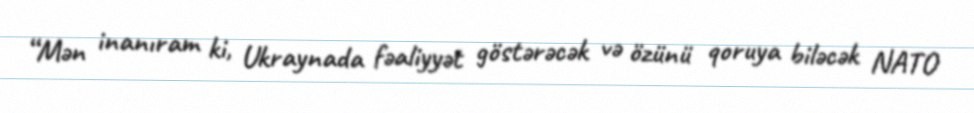
“Mən inanıram ki, Ukraynada fəaliyyət göstərəcək və özünü qoruya biləcək NATO